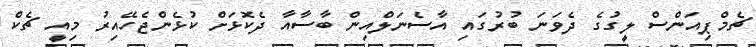
ޗެމްޕިއަންސް ލީގުގެ ދެވަނަ ބުރުގައި އާސެނަލްއިން ބާސާއާ ދެކޮޅަށް ކުޅެންޖެހޭއިރު މިއީ ޗެކް